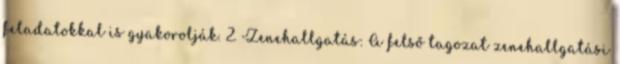
feladatokkal is gyakorolják. 2. Zenehallgatás: A felső tagozat zenehallgatási